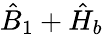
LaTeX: \hat{B}_{1}+\hat{H}_{b}